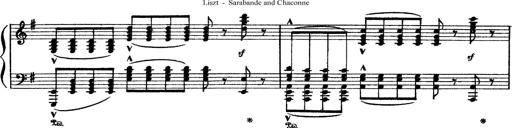
Title: Sarabande und Chaconne aus dem Singspiel
Composer: Franz Liszt